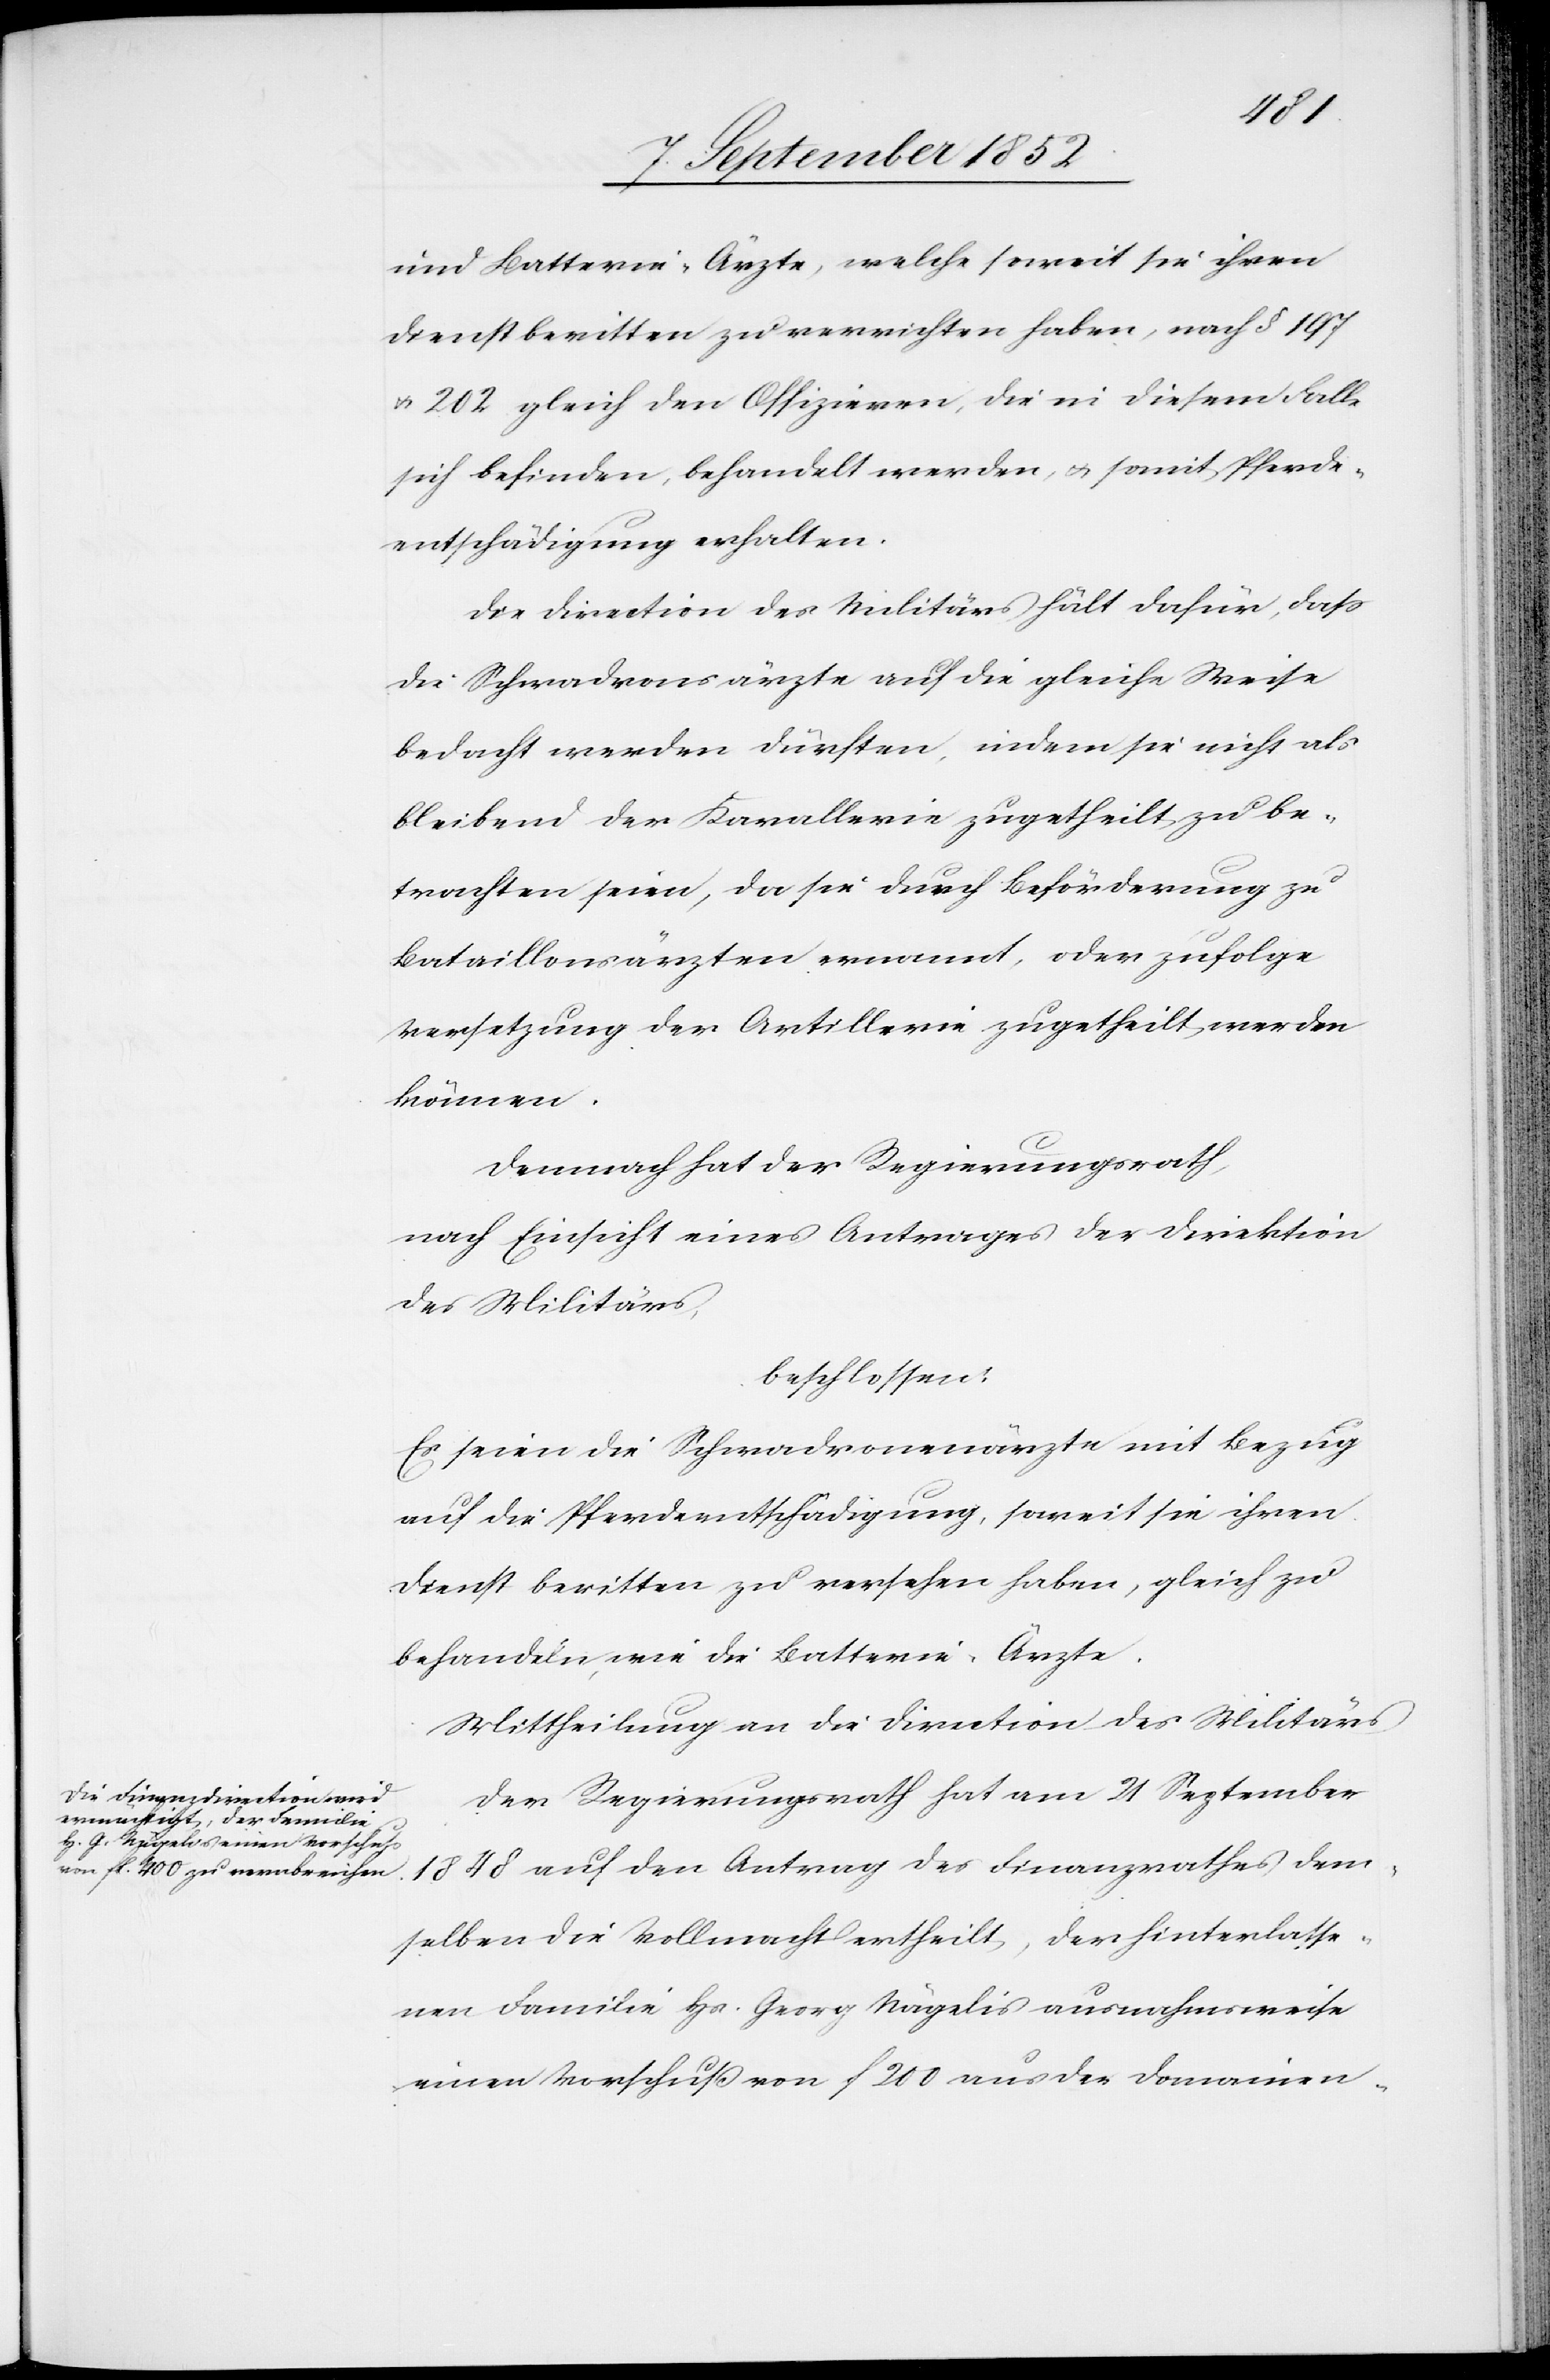
und Batterie-Ärzte, welche soweit sie ihren
Dienst beritten zu verrichten haben, nach § 197
& 202 gleich den Offizieren, die in diesem Falle
sich befinden, behandelt werden, & somit Pferde¬
entschädigung erhalten.
Die Direction des Militärs hält dafür, dass
die Schwadronsärzte auf die gleiche Weise
bedacht werden dürften, indem sie nicht als
bleibend der Kavallerie zugetheilt zu be¬
trachten seien, da sie durch Beförderung zu
Bataillonsärzten ernannt, oder zufolge
Versetzung der Artillerie zugetheilt werden
können.
Demnach hat der Regierungsrath,
nach Einsicht eines Antrages der Direktion
des Militärs,
beschlossen:
Es seien die Schwadronenärzte mit Bezug
auf die Pferdeentschädigung, soweit sie ihren
Dienst beritten zu versehen haben, gleich zu
behandeln, wie die Batterie-Ärzte.
Mittheilung an die Direction des Militärs[.]
Der Regierungsrath hat am 21 September
1848 auf den Antrag des Finanzrathes dem¬
selben die Vollmacht ertheilt, der hinterlasse¬
nen Familie Hs. Georg Nägelis ausnahmsweise
einen Vorschuß von f 200 aus der Domainen-